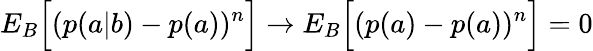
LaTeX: {E}_{B}\Big[(p(a|b)-p(a))^{n}\Big]\rightarrow{E}_{B}\Big[(p(a)-p(a))^{n}\Big]=0